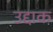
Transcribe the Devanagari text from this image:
उद्दाक